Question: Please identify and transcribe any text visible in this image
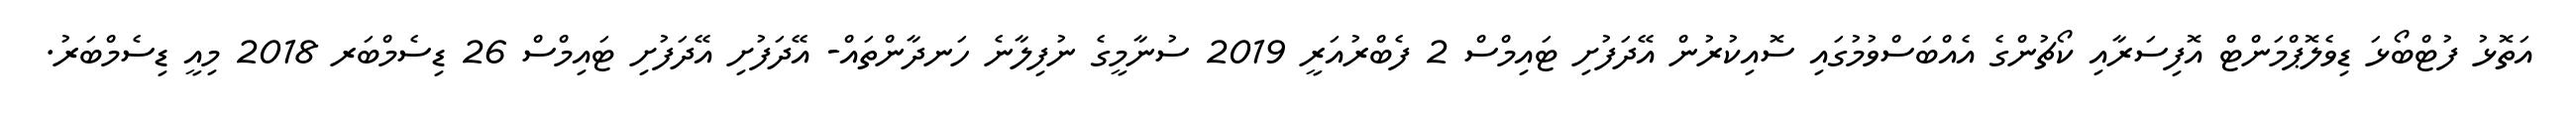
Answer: އަތޮޅު ފުޓްބޯޅަ ޑިވެލޮޕްމަންޓް އޮފިސަރާއި ކޯޗުންގެ އެއްބަސްވުމުގައި ސޮއިކުރުން އޭދަފުށި ޓައިމްސް 2 ފެބްރުއަރީ 2019 ސުނާމީގެ ނުފިލާނެ ހަނދާންތައް- އޭދަފުށި އޭދަފުށި ޓައިމްސް 26 ޑިސެމްބަރ 2018 މިއީ ޑިސެމްބަރު.